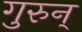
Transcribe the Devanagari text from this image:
गुरुन्